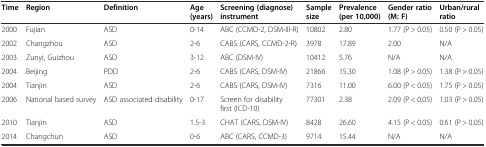
<table><thead><tr><td><b>Time</b></td><td><b>Region</b></td><td><b>Definition</b></td><td><b>Age (years)</b></td><td><b>Screening (diagnose) instrument</b></td><td><b>Sample size</b></td><td><b>Prevalence (per 10,000)</b></td><td><b>Gender ratio (M: F)</b></td><td><b>Urban/rural ratio</b></td></tr></thead><tbody><tr><td>2000</td><td>Fujian</td><td>ASD</td><td>0-14</td><td>ABC (CCMD-2, DSM-III-R)</td><td>10802</td><td>2.80</td><td>1.77 (P &gt; 0.05)</td><td>0.50 (P &gt; 0.05)</td></tr><tr><td>2002</td><td>Changzhou</td><td>ASD</td><td>2-6</td><td>CABS (CARS, CCMD-2-R)</td><td>3978</td><td>17.89</td><td>2.00</td><td>N/A</td></tr><tr><td>2003</td><td>Zunyi, Guizhou</td><td>ASD</td><td>3-12</td><td>ABC (DSM-IV)</td><td>10412</td><td>5.76</td><td>N/A</td><td>N/A</td></tr><tr><td>2004</td><td>Beijing</td><td>PDD</td><td>2-6</td><td>CABS (CARS, DSM-IV)</td><td>21866</td><td>15.30</td><td>1.08 (P &gt; 0.05)</td><td>1.38 (P &gt; 0.05)</td></tr><tr><td>2004</td><td>Tianjin</td><td>ASD</td><td>2-6</td><td>CABS (CARS, DSM-IV)</td><td>7316</td><td>11.00</td><td>6.00 (P &lt; 0.05)</td><td>1.75 (P &gt; 0.05)</td></tr><tr><td>2006</td><td>National based survey</td><td>ASD associated disability</td><td>0-17</td><td>Screen for disability first (ICD-10)</td><td>77301</td><td>2.38</td><td>2.09 (P &lt; 0.05)</td><td>1.03 (P &gt; 0.05)</td></tr><tr><td>2010</td><td>Tianjin</td><td>ASD</td><td>1.5-3</td><td>CHAT (CARS, DSM-IV)</td><td>8428</td><td>26.60</td><td>4.15 (P &lt; 0.05)</td><td>0.61 (P &gt; 0.05)</td></tr><tr><td>2014</td><td>Changchun</td><td>ASD</td><td>0-6</td><td>ABC (CARS, CCMD-3)</td><td>9714</td><td>15.44</td><td>N/A</td><td>N/A</td></tr></tbody></table>